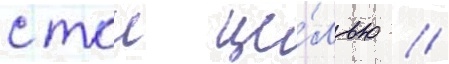
с тои це́лью /